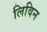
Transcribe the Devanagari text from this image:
लिविन